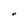
Character: e